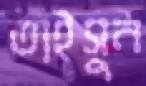
তাইসুন